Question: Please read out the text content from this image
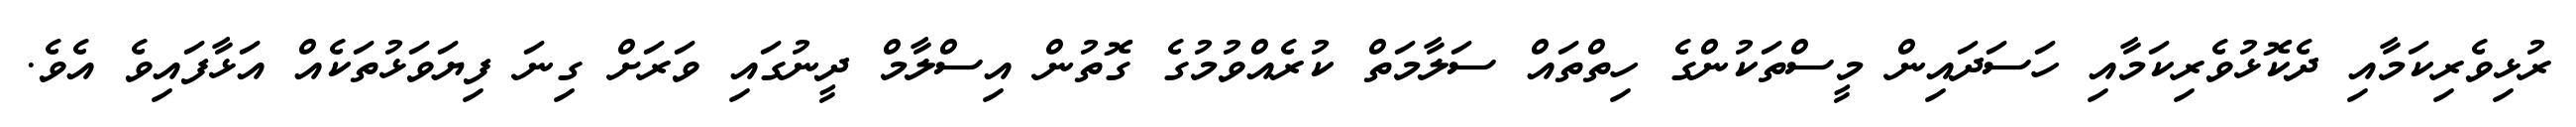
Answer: ރުޅިވެރިކަމާއި ދެކޮޅުވެރިކަމާއި ހަސަދައިން މީސްތަކުންގެ ހިތްތައް ސަލާމަތް ކުރެއްވުމުގެ ގޮތުން އިސްލާމް ދީނުގައި ވަރަށް ގިނަ ފިޔަވަޅުތަކެއް އަޅާފައިވެ އެވެ.